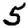
Digit: 5